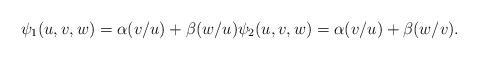
LaTeX: \begin{align*}\psi_1(u,v,w)=\alpha(v/u)+\beta(w/u) \psi_2(u,v,w)=\alpha(v/u)+\beta(w/v).\end{align*}